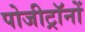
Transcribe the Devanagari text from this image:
पोजीट्रॉनों